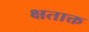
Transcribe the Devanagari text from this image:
क्षताक्त